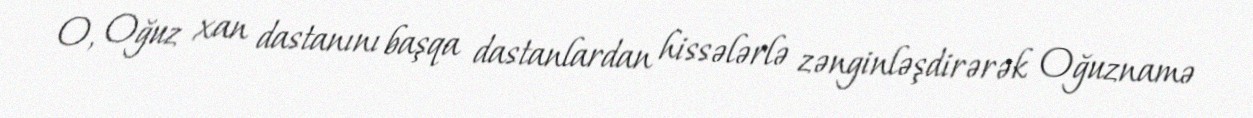
O, Oğuz xan dastanını başqa dastanlardan hissələrlə zənginləşdirərək Oğuznamə